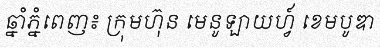
ឆ្នាំភ្នំពេញ៖ ក្រុមហ៊ុន មេនូឡាយហ្វ៍ ខេមបូឌា